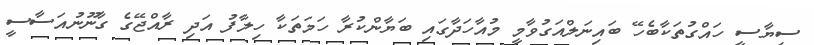
ސިޔާސީ ހައްގުތަކާބެހޭ ބައިނަލްއަގުވާމީ މުއާހަދާގައި ބަޔާންކުރާ ހަމަތަކާ ހިލާފު އަދި ރާއްޖޭގެ ގާނޫނުއަސާސީ